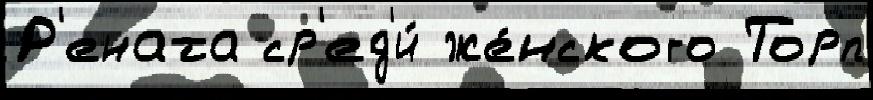
Р'ената ср'ед'и́ же́нского Торп